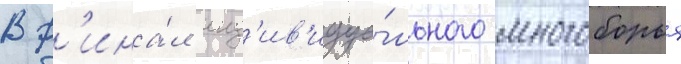
В ф'ина́л инд'ив'идуа́льного многоборья